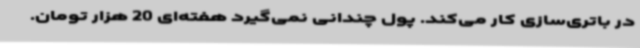
در باتری‌سازی کار می‌کند. پول چندانی نمی‌گیرد هفته‌ای 20 هزار تومان.